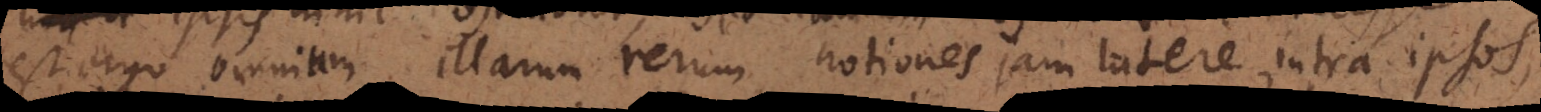
est ergo omnium illarum rerum notiones jam latere intra ipsos,